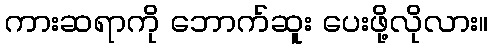
ကားဆရာကို ဘောက်ဆူး ပေးဖို့လိုလား။